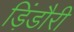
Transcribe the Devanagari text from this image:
ड़िंडौरी